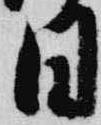
日